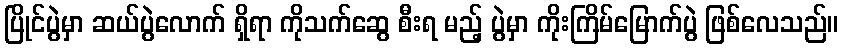
ပြိုင်ပွဲမှာ ဆယ်ပွဲလောက် ရှိရာ ကိုသက်ဆွေ စီးရ မည့် ပွဲမှာ ကိုးကြိမ်မြောက်ပွဲ ဖြစ်လေသည်။